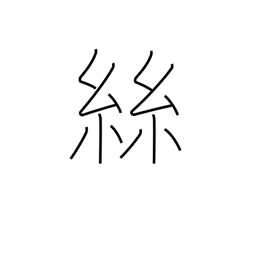
Meaning: thread